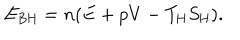
E _ { \mathrm { B H } } = n ( E + p V - T _ { \mathrm { H } } S _ { \mathrm { H } } ) .